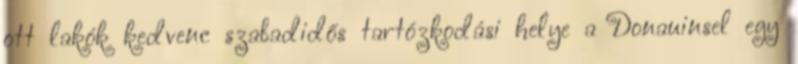
ott lakók kedvenc szabadidős tartózkodási helye a Donauinsel egy